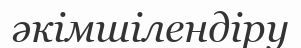
әкімшілендіру